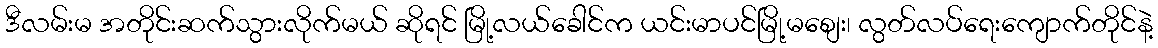
ဒီလမ်းမ အတိုင်းဆက်သွားလိုက်မယ် ဆိုရင် မြို့လယ်ခေါင်က ယင်းမာပင်မြို့မစျေး၊ လွတ်လပ်ရေးကျောက်တိုင်နဲ့